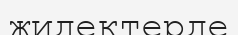
жидектерде